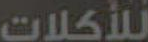
للأكلات